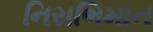
નિરાભિમાન